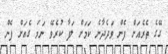
ގޭގެ ތެރެއަށް ފެން ވަދެދާނެ ކަމަށް ލަފާ ކުރެވޭ ނަމަ ގެއަށް ފެން